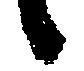
候